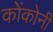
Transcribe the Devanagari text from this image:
कोंकोनी